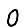
Digit: 0